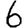
Digit: 6